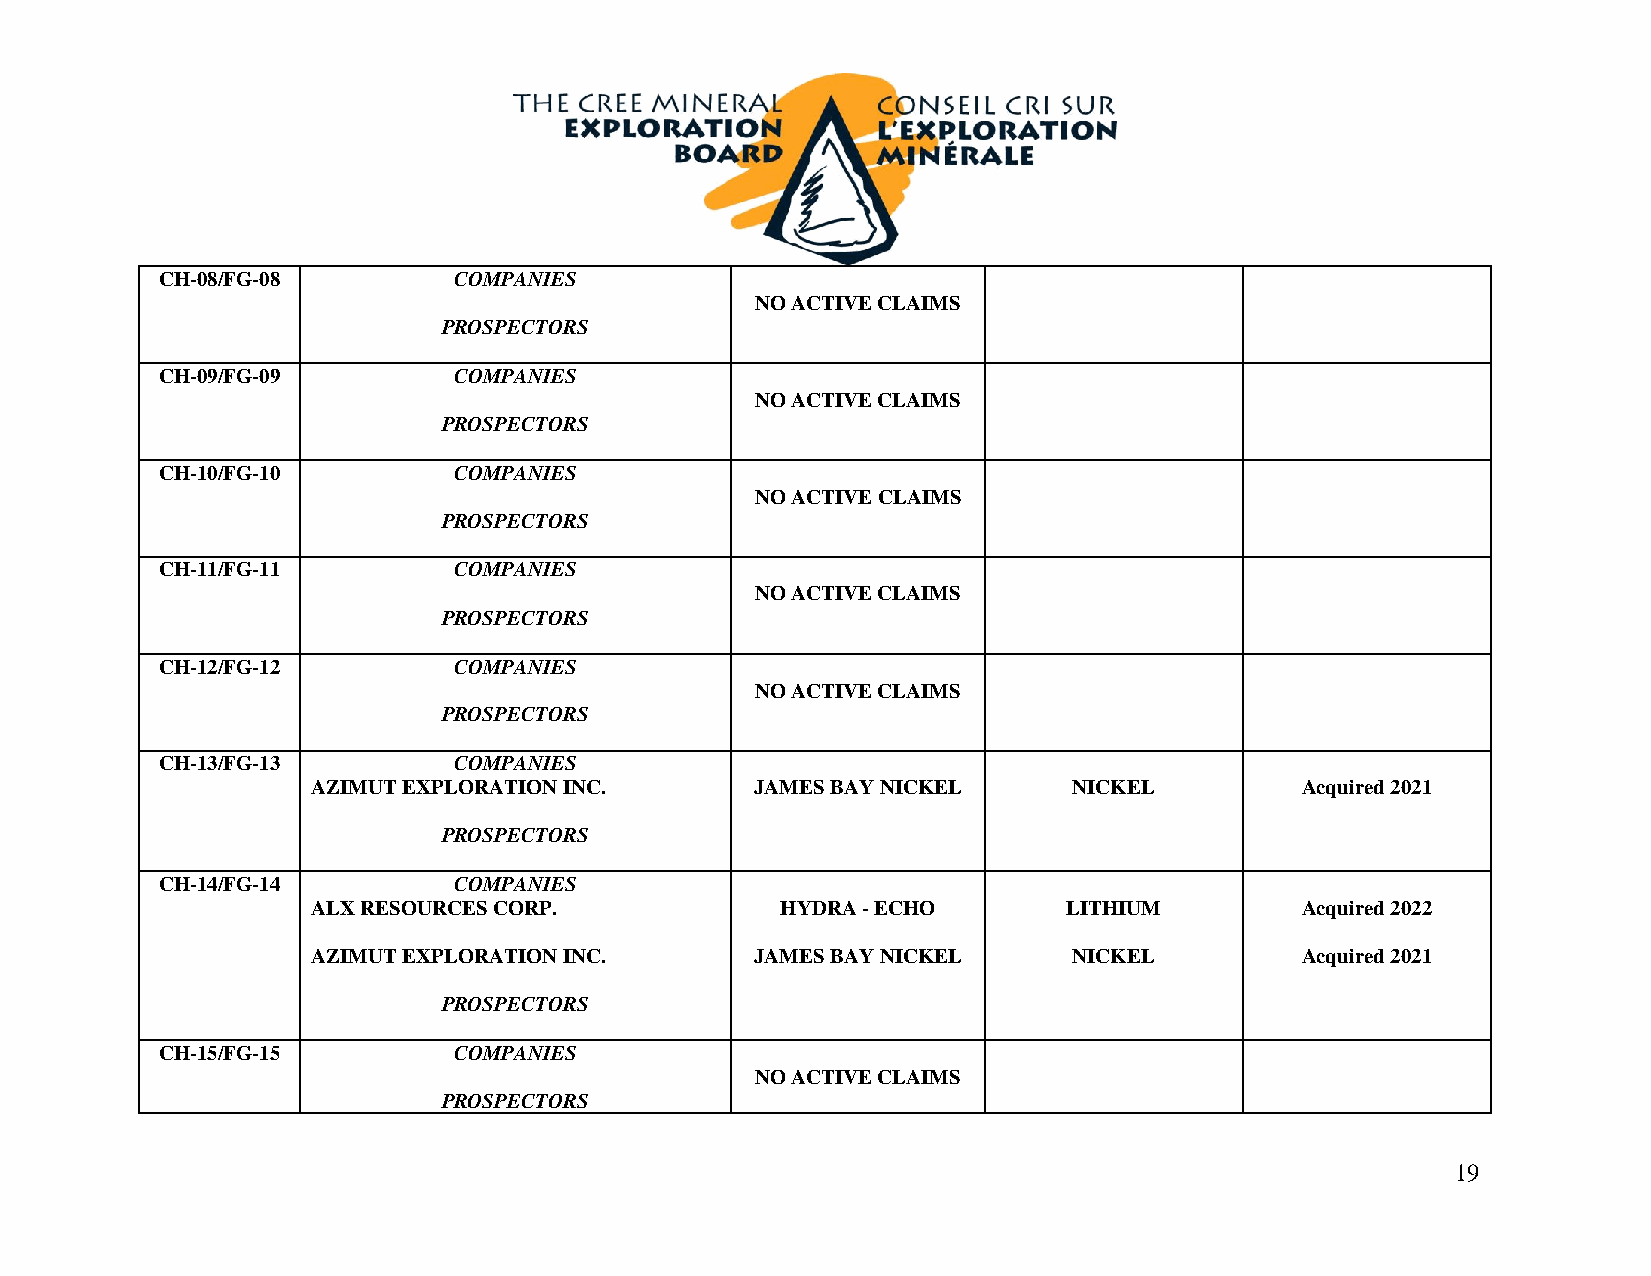
CH-08/FG-08         COMPANIES
 NO ACTIVE CLAIMS
 PROSPECTORS
 CH-09/FG-09         COMPANIES
 NO ACTIVE CLAIMS
 PROSPECTORS
 CH-10/FG-10         COMPANIES
 NO ACTIVE CLAIMS
 PROSPECTORS
 CH-11/FG-11         COMPANIES
 NO ACTIVE CLAIMS
 PROSPECTORS
 CH-12/FG-12         COMPANIES
 NO ACTIVE CLAIMS
 PROSPECTORS
 CH-13/FG-13         COMPANIES
 AZIMUT EXPLORATION INC.      JAMES BAY NICKEL     NICKEL         Acquired 2021
 PROSPECTORS
 CH-14/FG-14         COMPANIES
 ALX RESOURCES CORP.            HYDRA - ECHO       LITHIUM        Acquired 2022
 AZIMUT EXPLORATION INC.      JAMES BAY NICKEL     NICKEL         Acquired 2021
 PROSPECTORS
 CH-15/FG-15         COMPANIES
 NO ACTIVE CLAIMS
 PROSPECTORS
 19